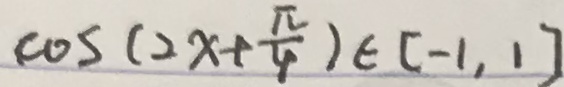
\cos ( 2 x + \frac { \pi } { 4 } ) \in [ - 1 , 1 ]